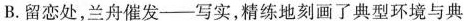
B.留恋处，兰舟催发——写实，精练地刻画了典型环境与典